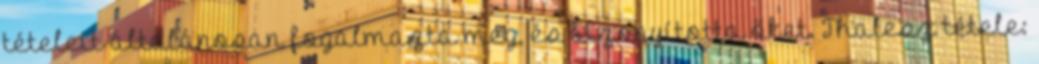
tételeit általánosan fogalmazta meg, és bizonyította őket. Thalesz tétele: